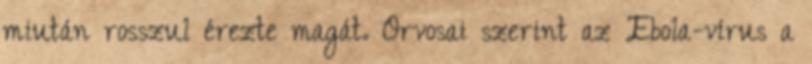
miután rosszul érezte magát. Orvosai szerint az Ebola-vírus a